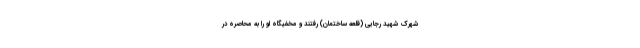
شهرک شهید رجایی (قلعه ساختمان) رفتند و مخفیگاه او را به محاصره در